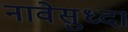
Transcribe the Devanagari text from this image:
नावेसुध्दा